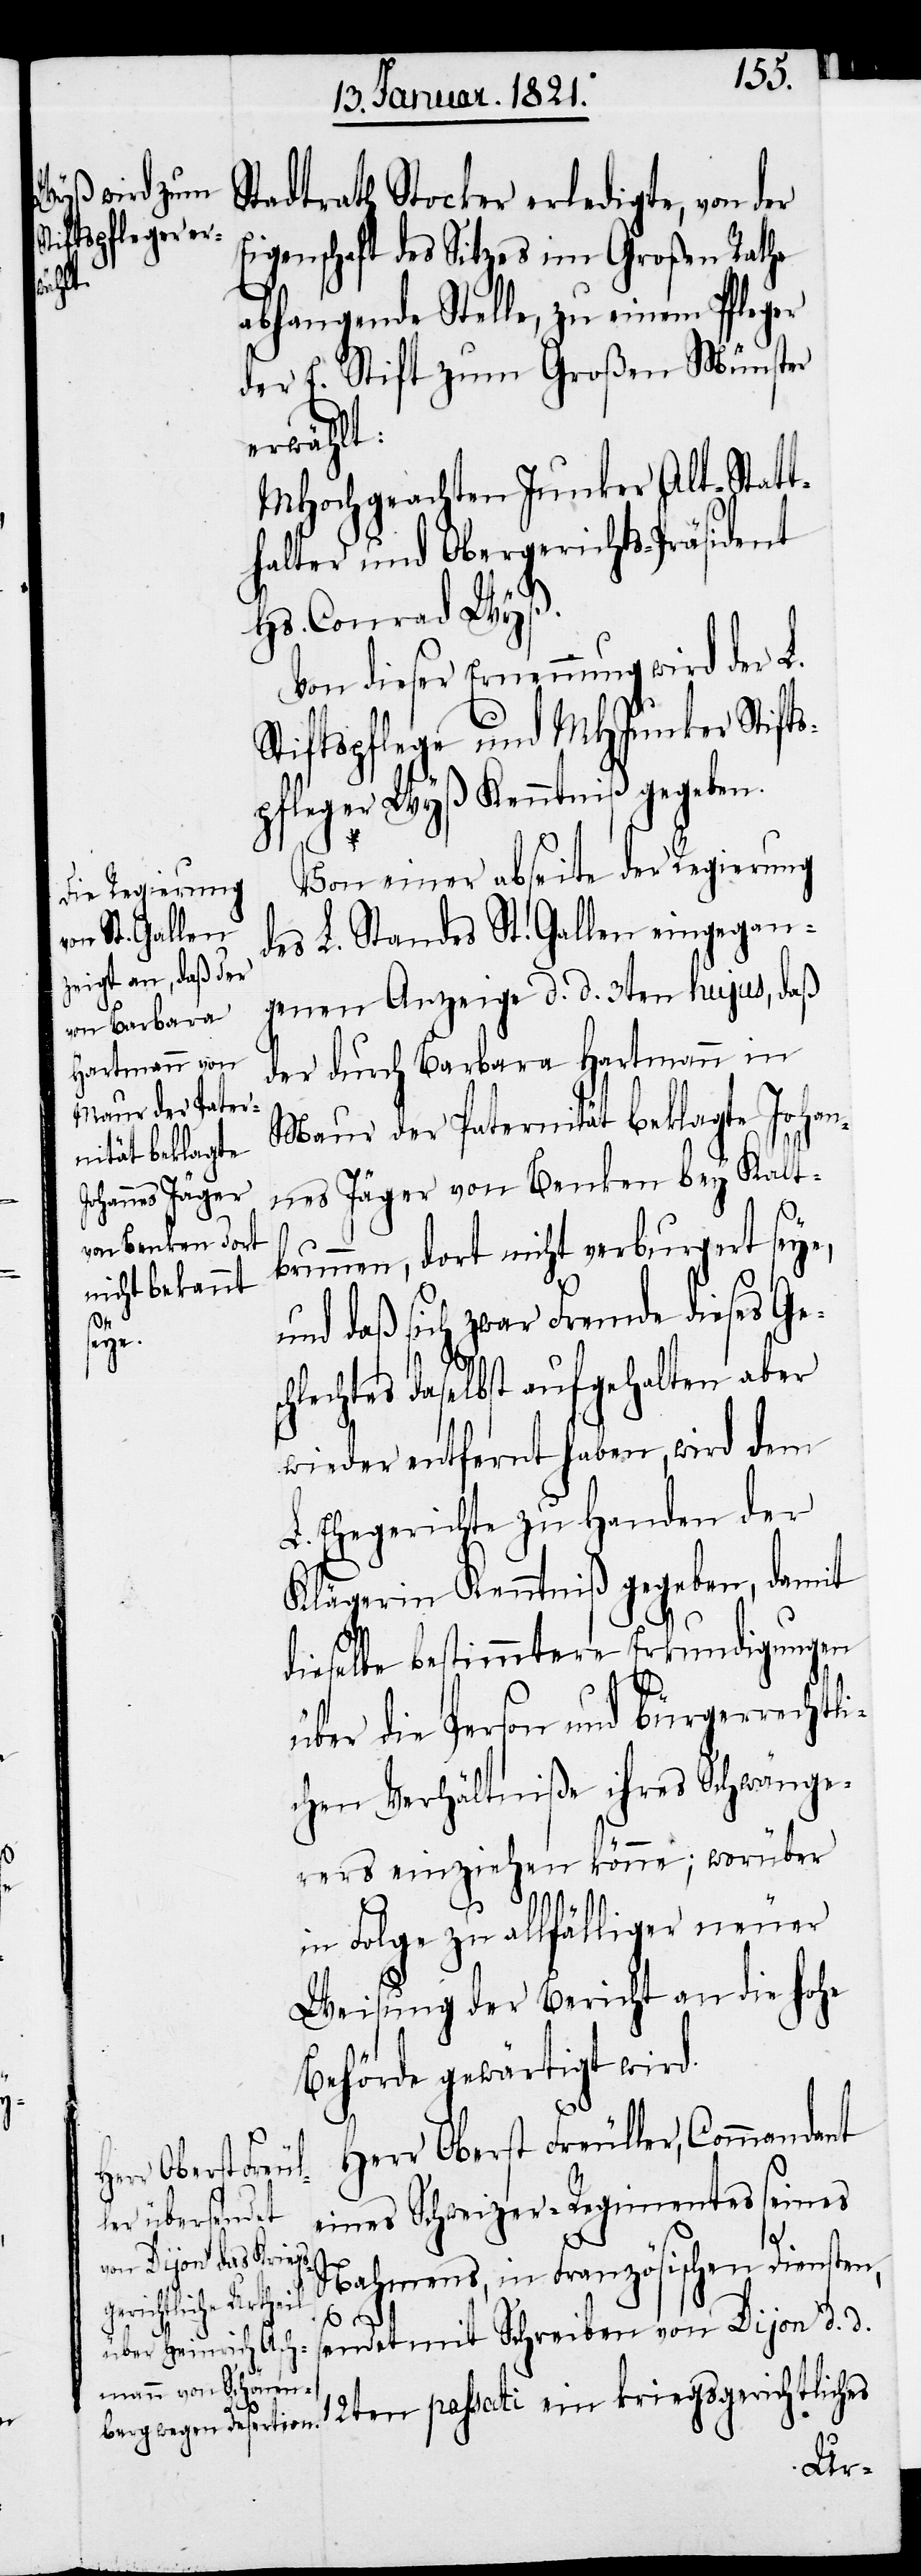
haben
und Obern an

die,
Von einer abseite der Regierung
des L. Standes St. Gallen eingegan¬
genen Anzeige d. d. 3ten hujus, daß
der durch Barbara Hartmann in
Maur der Paternität beklagte Johan¬
nes Jäger von Benken bey Kalt¬
brunnen, dort nicht verburgert seye,
und daß sich zwar Fremde dieses Ge¬
chlechtes daselbst aufgehalten aber
wieder entfernt haben, wird dem
L. Ehegerichte zu Handen der
Klägerin Kenntniß gegeben, damit
dieselbe bestimmtere Erkundigungen
über die Person und bürgerrechtli¬
chen Verhältniße ihres Schwänge¬
rers einziehen könne; worüber
in Folge zu allfälliger neuer
Weisung der Bericht an die hohe
Behörde gewärtigt wird.
Herr Oberst Freuller, Commandant
eines Schweizer-Regimentes seines
Nahmens, in Französischen Diensten,
s¬
endet mit Schreiben von Dijon d. d.
12ten passati ein kriegsgerichtliches